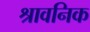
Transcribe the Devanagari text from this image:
श्रावनिक